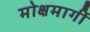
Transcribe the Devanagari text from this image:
मोक्षमार्गी